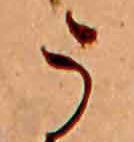
う